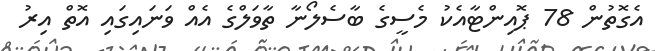
އެގޮތުން 78 ޕޮއިންޓާއެކު މެސީގެ ބާސެލޯނާ ތާވަލްގެ އެއް ވަނައިގައި އޮތް އިރު